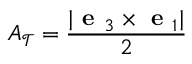
A _ { \mathcal { T } } = \frac { | \textbf { e } _ { 3 } \times \textbf { e } _ { 1 } | } { 2 }